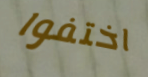
اختفوا